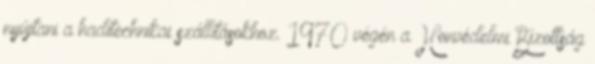
nyújtani a haditechnikai szállításokhoz. 1970 végén a Honvédelmi Bizottság